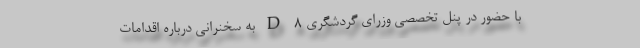
با حضور در پنل تخصصی وزرای گردشگری D-8 به سخنرانی درباره اقدامات